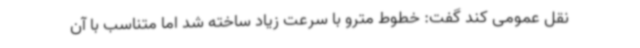
نقل عمومی کند گفت: خطوط مترو با سرعت زیاد ساخته شد اما متناسب با آن